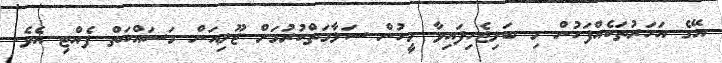
އޭގެ އަހަރުތަކެއްފަހުން މި ބަލިޖެހިފައިވާ މީހުން ސަލާމަތްކުރުމަށް ޖޫލިއަން މަސައްކަތް ފެއްޓި އެވެ.